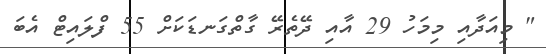
" މިއަދާއި މިމަހު 29 އާއި ދޭތެރޭ ގާތްގަނޑަކަށް 55 ފްލައިޓް އެބަ